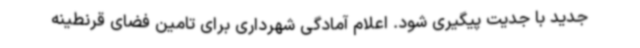
جدید با جدیت پیگیری شود. اعلام آمادگی شهرداری برای تامین فضای قرنطینه